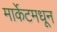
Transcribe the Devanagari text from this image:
मार्केटमधून